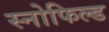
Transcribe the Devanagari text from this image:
स्‍नोफिल्‍ड